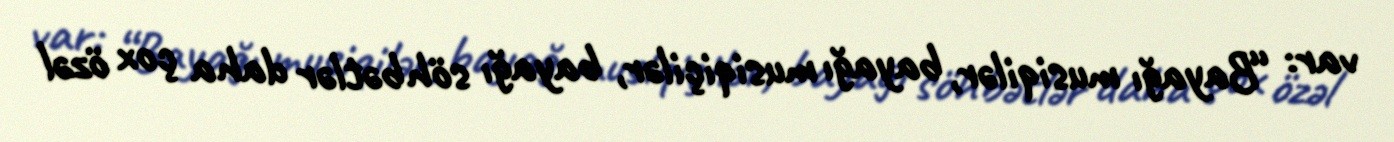
var: “Bayağı musiqilər, bayağı musiqiçilər, bayağı söhbətlər daha çox özəl